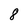
Character: 8